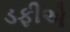
ડફીએ